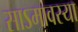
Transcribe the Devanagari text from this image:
साऽमावस्या